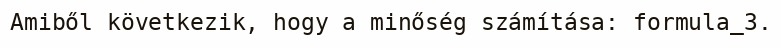
Amiből következik, hogy a minőség számítása: formula_3.